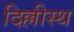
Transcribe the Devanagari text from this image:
दिल्लीस्थ